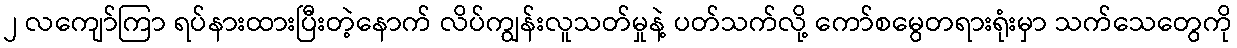
၂ လကျော်ကြာ ရပ်နားထားပြီးတဲ့နောက် လိပ်ကျွန်းလူသတ်မှုနဲ့ ပတ်သက်လို့ ကော်စမွေတရားရုံးမှာ သက်သေတွေကို